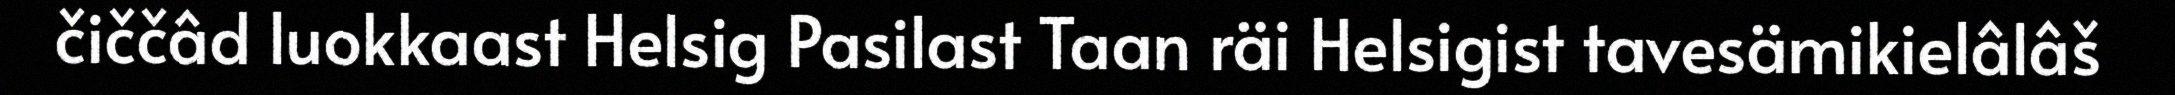
čiččâd luokkaast Helsig Pasilast Taan räi Helsigist tavesämikielâlâš